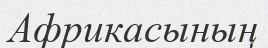
Африкасының